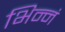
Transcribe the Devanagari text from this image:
भिन्नं